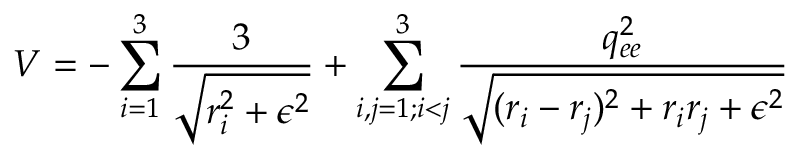
V = - \sum _ { i = 1 } ^ { 3 } \frac { 3 } { \sqrt { r _ { i } ^ { 2 } + \epsilon ^ { 2 } } } + \sum _ { i , j = 1 ; i < j } ^ { 3 } \frac { q _ { e e } ^ { 2 } } { \sqrt { ( r _ { i } - r _ { j } ) ^ { 2 } + r _ { i } r _ { j } + \epsilon ^ { 2 } } }